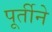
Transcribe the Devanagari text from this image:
पूर्तीने